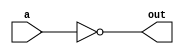
module not_gate(
    input wire a,
    output reg out
);

always @(a) begin
    out = !a;
end

endmodule